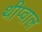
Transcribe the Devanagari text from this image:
थीप्वाल